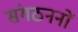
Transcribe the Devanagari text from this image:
संगठननों